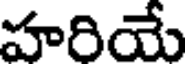
హరియే